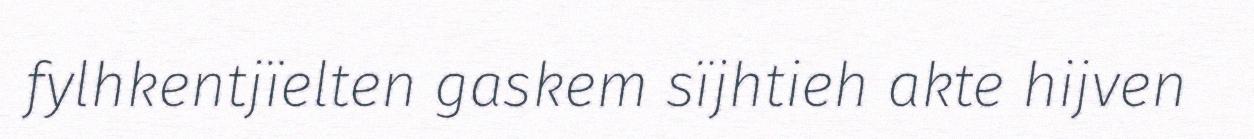
fylhkentjïelten gaskem sïjhtieh akte hijven